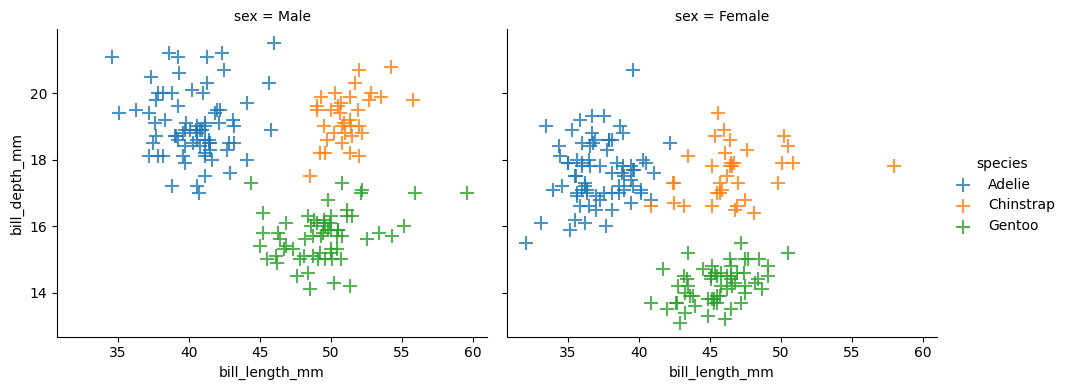
python, seaborn, lmplot, aspect=1.2, order=2, markers='+'